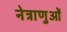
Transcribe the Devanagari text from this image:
नेत्राणुओं